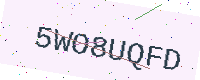
Text: 5WO8UQFD